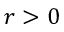
r > 0